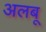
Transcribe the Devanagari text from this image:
अलबू